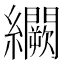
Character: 𬘒